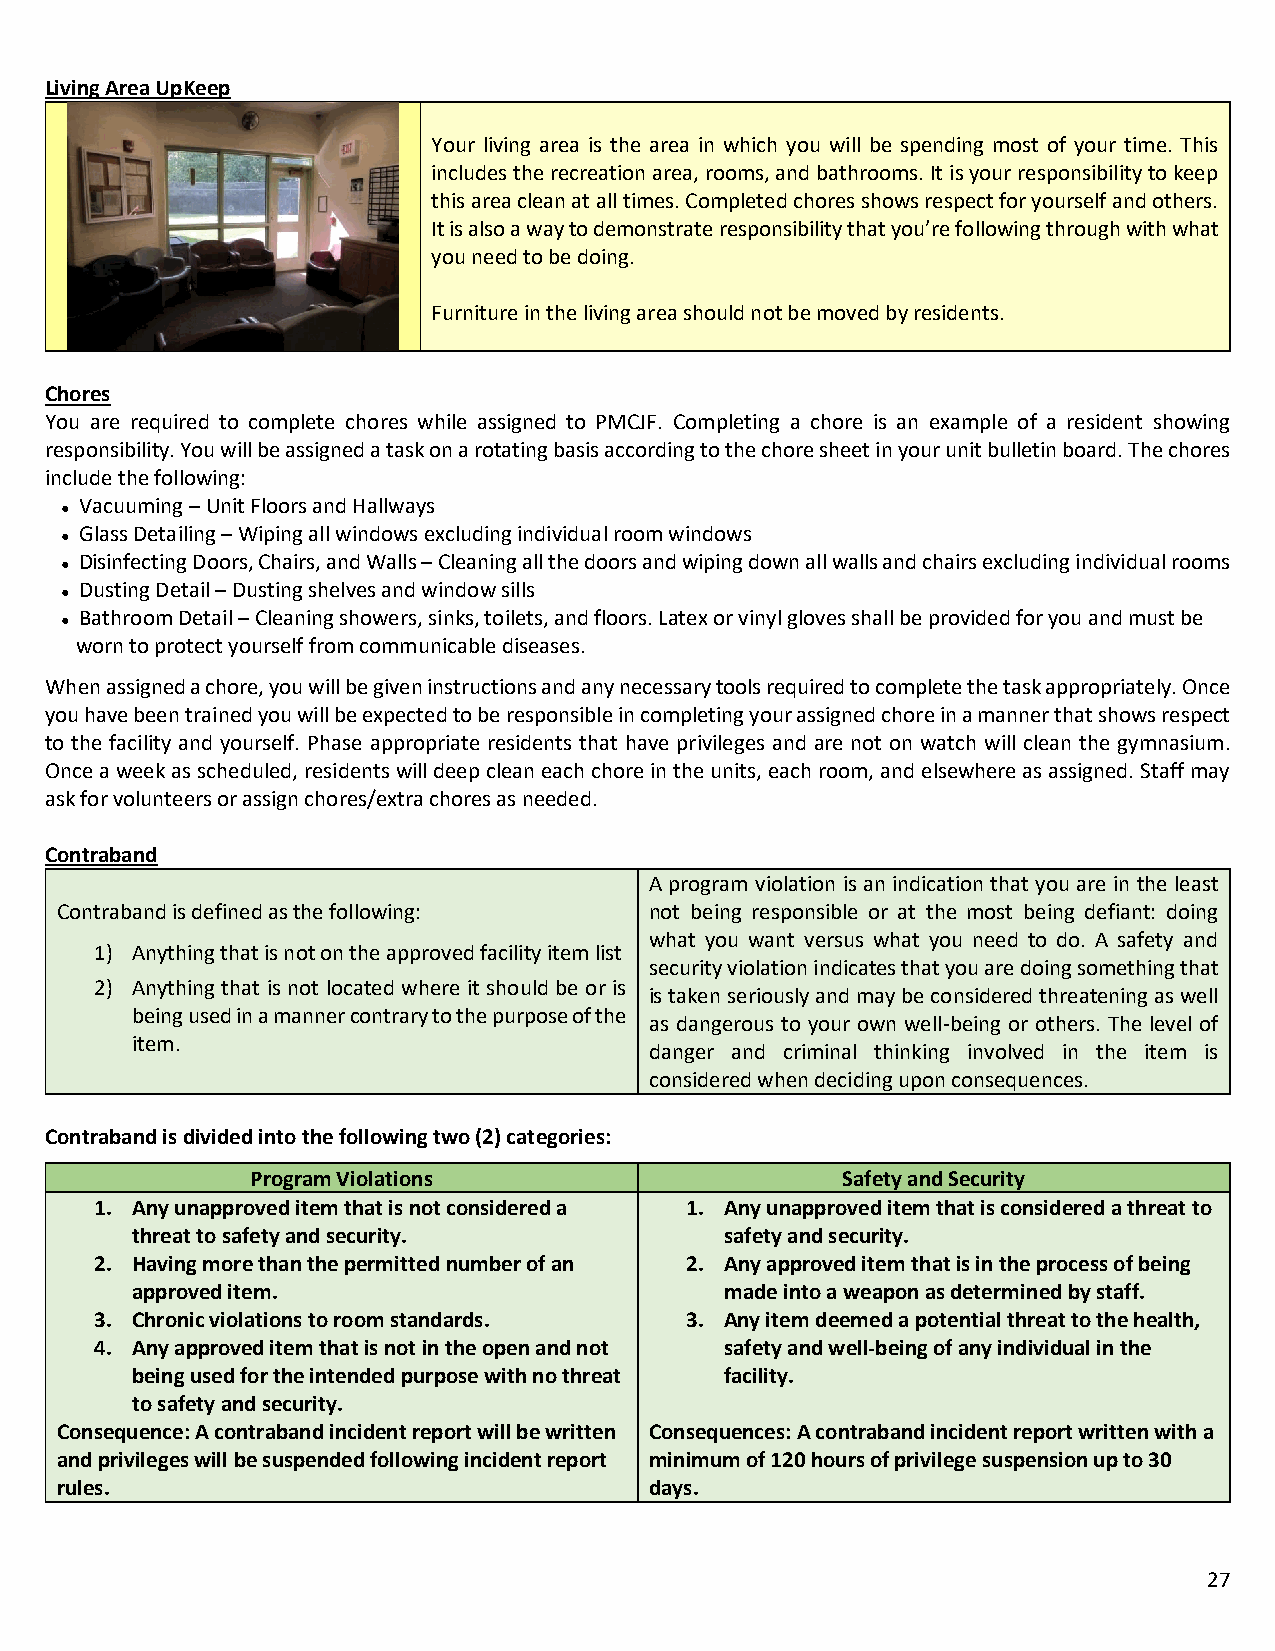
Living Area UpKeep
 Your living area is the area in which you will be spending most of your time. This
 includes the recreation area, rooms, and bathrooms. It is your responsibility to keep
 this area clean at all times. Completed chores shows respect for yourself and others.
 It is also a way to demonstrate responsibility that you’re following through with what
 you need to be doing.
 Furniture in the living area should not be moved by residents.
 Chores
 You are required to complete chores while assigned to PMCJF. Completing a chore is an example of a resident showing
 responsibility. You will be assigned a task on a rotating basis according to the chore sheet in your unit bulletin board. The chores
 include the following:
 Vacuuming – Unit Floors and Hallways
 ●
 Glass Detailing – Wiping all windows excluding individual room windows
 ●
 Disinfecting Doors, Chairs, and Walls – Cleaning all the doors and wiping down all walls and chairs excluding individual rooms
 ●
 Dusting Detail – Dusting shelves and window sills
 ●
 Bathroom Detail – Cleaning showers, sinks, toilets, and floors. Latex or vinyl gloves shall be provided for you and must be
 ●
 worn to protect yourself from communicable diseases.
 When assigned a chore, you will be given instructions and any necessary tools required to complete the task appropriately. Once
 you have been trained you will be expected to be responsible in completing your assigned chore in a manner that shows respect
 to the facility and yourself. Phase appropriate residents that have privileges and are not on watch will clean the gymnasium.
 Once a week as scheduled, residents will deep clean each chore in the units, each room, and elsewhere as assigned. Staff may
 ask for volunteers or assign chores/extra chores as needed.
 Contraband
 A program violation is an indication that you are in the least
 Contraband is defined as the following: not being responsible or at the most being defiant: doing
 what you want versus what you need to do. A safety and
 1) Anything that is not on the approved facility item list
 security violation indicates that you are doing something that
 2) Anything that is not located where it should be or is
 is taken seriously and may be considered threatening as well
 being used in a manner contrary to the purpose of the
 as dangerous to your own well-being or others. The level of
 item.
 danger and criminal thinking involved in the item is
 considered when deciding upon consequences.
 Contraband is divided into the following two (2) categories:
 Program Violations                     Safety and Security
 1. Any unapproved item that is not considered a 1. Any unapproved item that is considered a threat to
 threat to safety and security.         safety and security.
 2. Having more than the permitted number of an 2. Any approved item that is in the process of being
 approved item.                         made into a weapon as determined by staff.
 3. Chronic violations to room standards. 3. Any item deemed a potential threat to the health,
 4. Any approved item that is not in the open and not safety and well-being of any individual in the
 being used for the intended purpose with no threat facility.
 to safety and security.
 Consequence: A contraband incident report will be written Consequences: A contraband incident report written with a
 and privileges will be suspended following incident report minimum of 120 hours of privilege suspension up to 30
 rules.                                 days.
 27